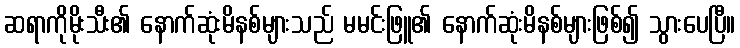
ဆရာကိုမိုးသီး၏ နောက်ဆုံးမိနစ်များသည် မမင်းဖြူ၏ နောက်ဆုံးမိနစ်များဖြစ်၍ သွားပေပြီ။